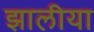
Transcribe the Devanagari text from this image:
झालीया